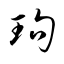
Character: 玽